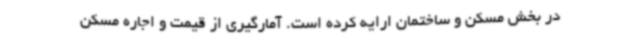
در بخش مسکن و ساختمان ارایه کرده است. آمارگیری از قیمت و اجاره مسکن